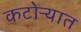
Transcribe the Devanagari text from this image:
कटोऱ्यात